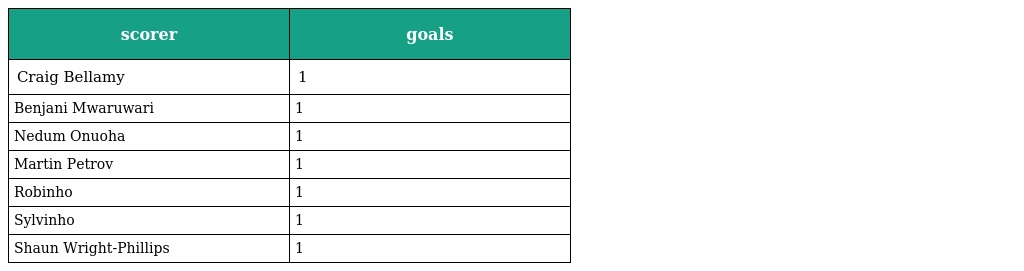
| scorer | goals |
 | --- | --- |
 | Craig Bellamy | 1 |
 | Benjani Mwaruwari | 1 |
 | Nedum Onuoha | 1 |
 | Martin Petrov | 1 |
 | Robinho | 1 |
 | Sylvinho | 1 |
 | Shaun Wright-Phillips | 1 |